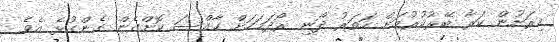
މިރަށުން ކަރާ ބޭރުކުރުމަށް ހަތަރު ދޯނި ރޯދަމަހަށް ހާއްސަ ކޮށްގެން ގެންގުޅެ އެވެ.